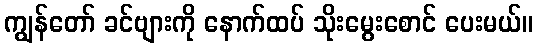
ကျွန်တော် ခင်ဗျားကို နောက်ထပ် သိုးမွေးစောင် ပေးမယ်။